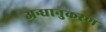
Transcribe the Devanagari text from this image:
अन्धानुकरण